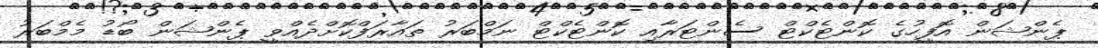
ޕެންޝަން އޮފީހުގެ ކޮންޓެކްޓް ސެންޓަރާއި ކޮންޓެކްޓް ނަމްބަރު ތައާރަފްކޮށްދެއްވީ ޕެންޝަން ބޯޑު މެމްބަރު